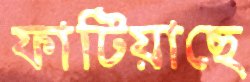
ফাটিয়াছে